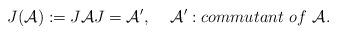
LaTeX: \begin{align*}J({\cal A}):=J{\cal A}J={\cal A}^{\prime },\,\,\,\,\,\,\,{\cal A}^{\prime}:commutant\,\,of\,\,{\cal A}. \end{align*}